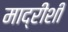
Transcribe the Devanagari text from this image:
माद्रीशी